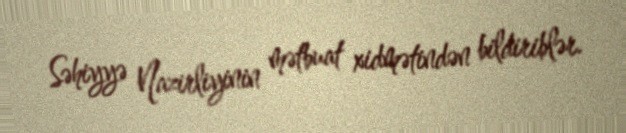
Səhiyyə Nazirliyinin mətbuat xidmətindən bildiriblər.